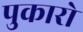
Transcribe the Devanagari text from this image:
पुकारो